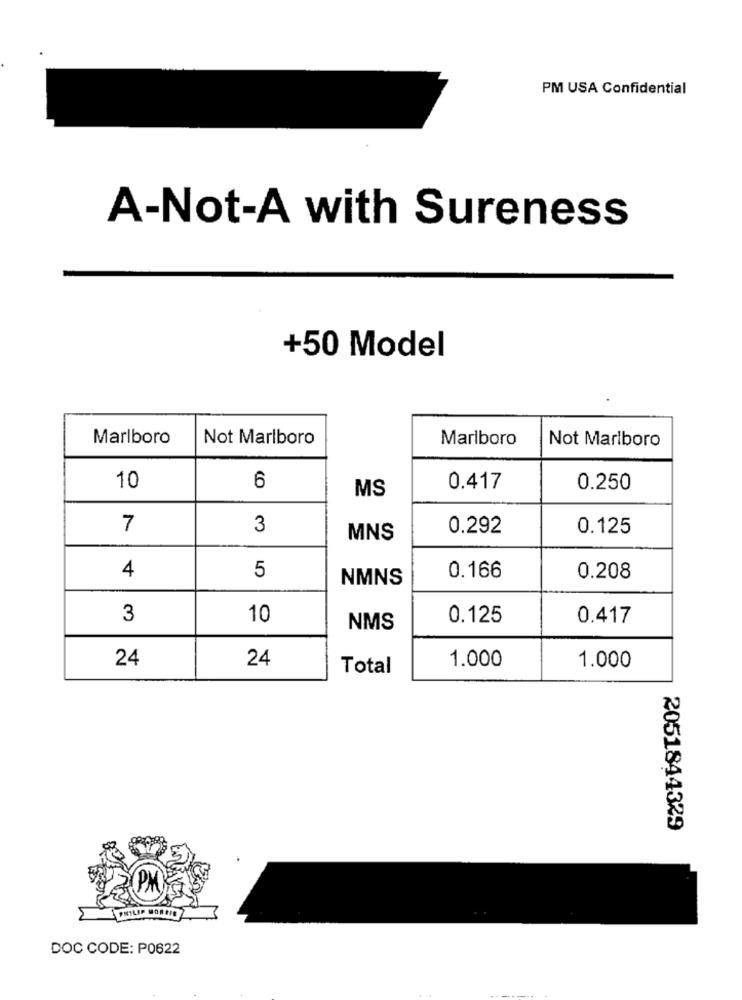
PM USA Confidential
A-Not-A with Sureness
+50 Model
Marlboro
Not Marlboro
Marlboro
Not Marlboro
6
10
MS
0.417
0.250
7
3
0.292
0.125
MNS
4
5
NMNS
0.166
0.208
3
10
0.125
0.417
NMS
24
24
1.000
Total
1.000
2051844329
PHILIP MORRIS
DOC CODE: P0622